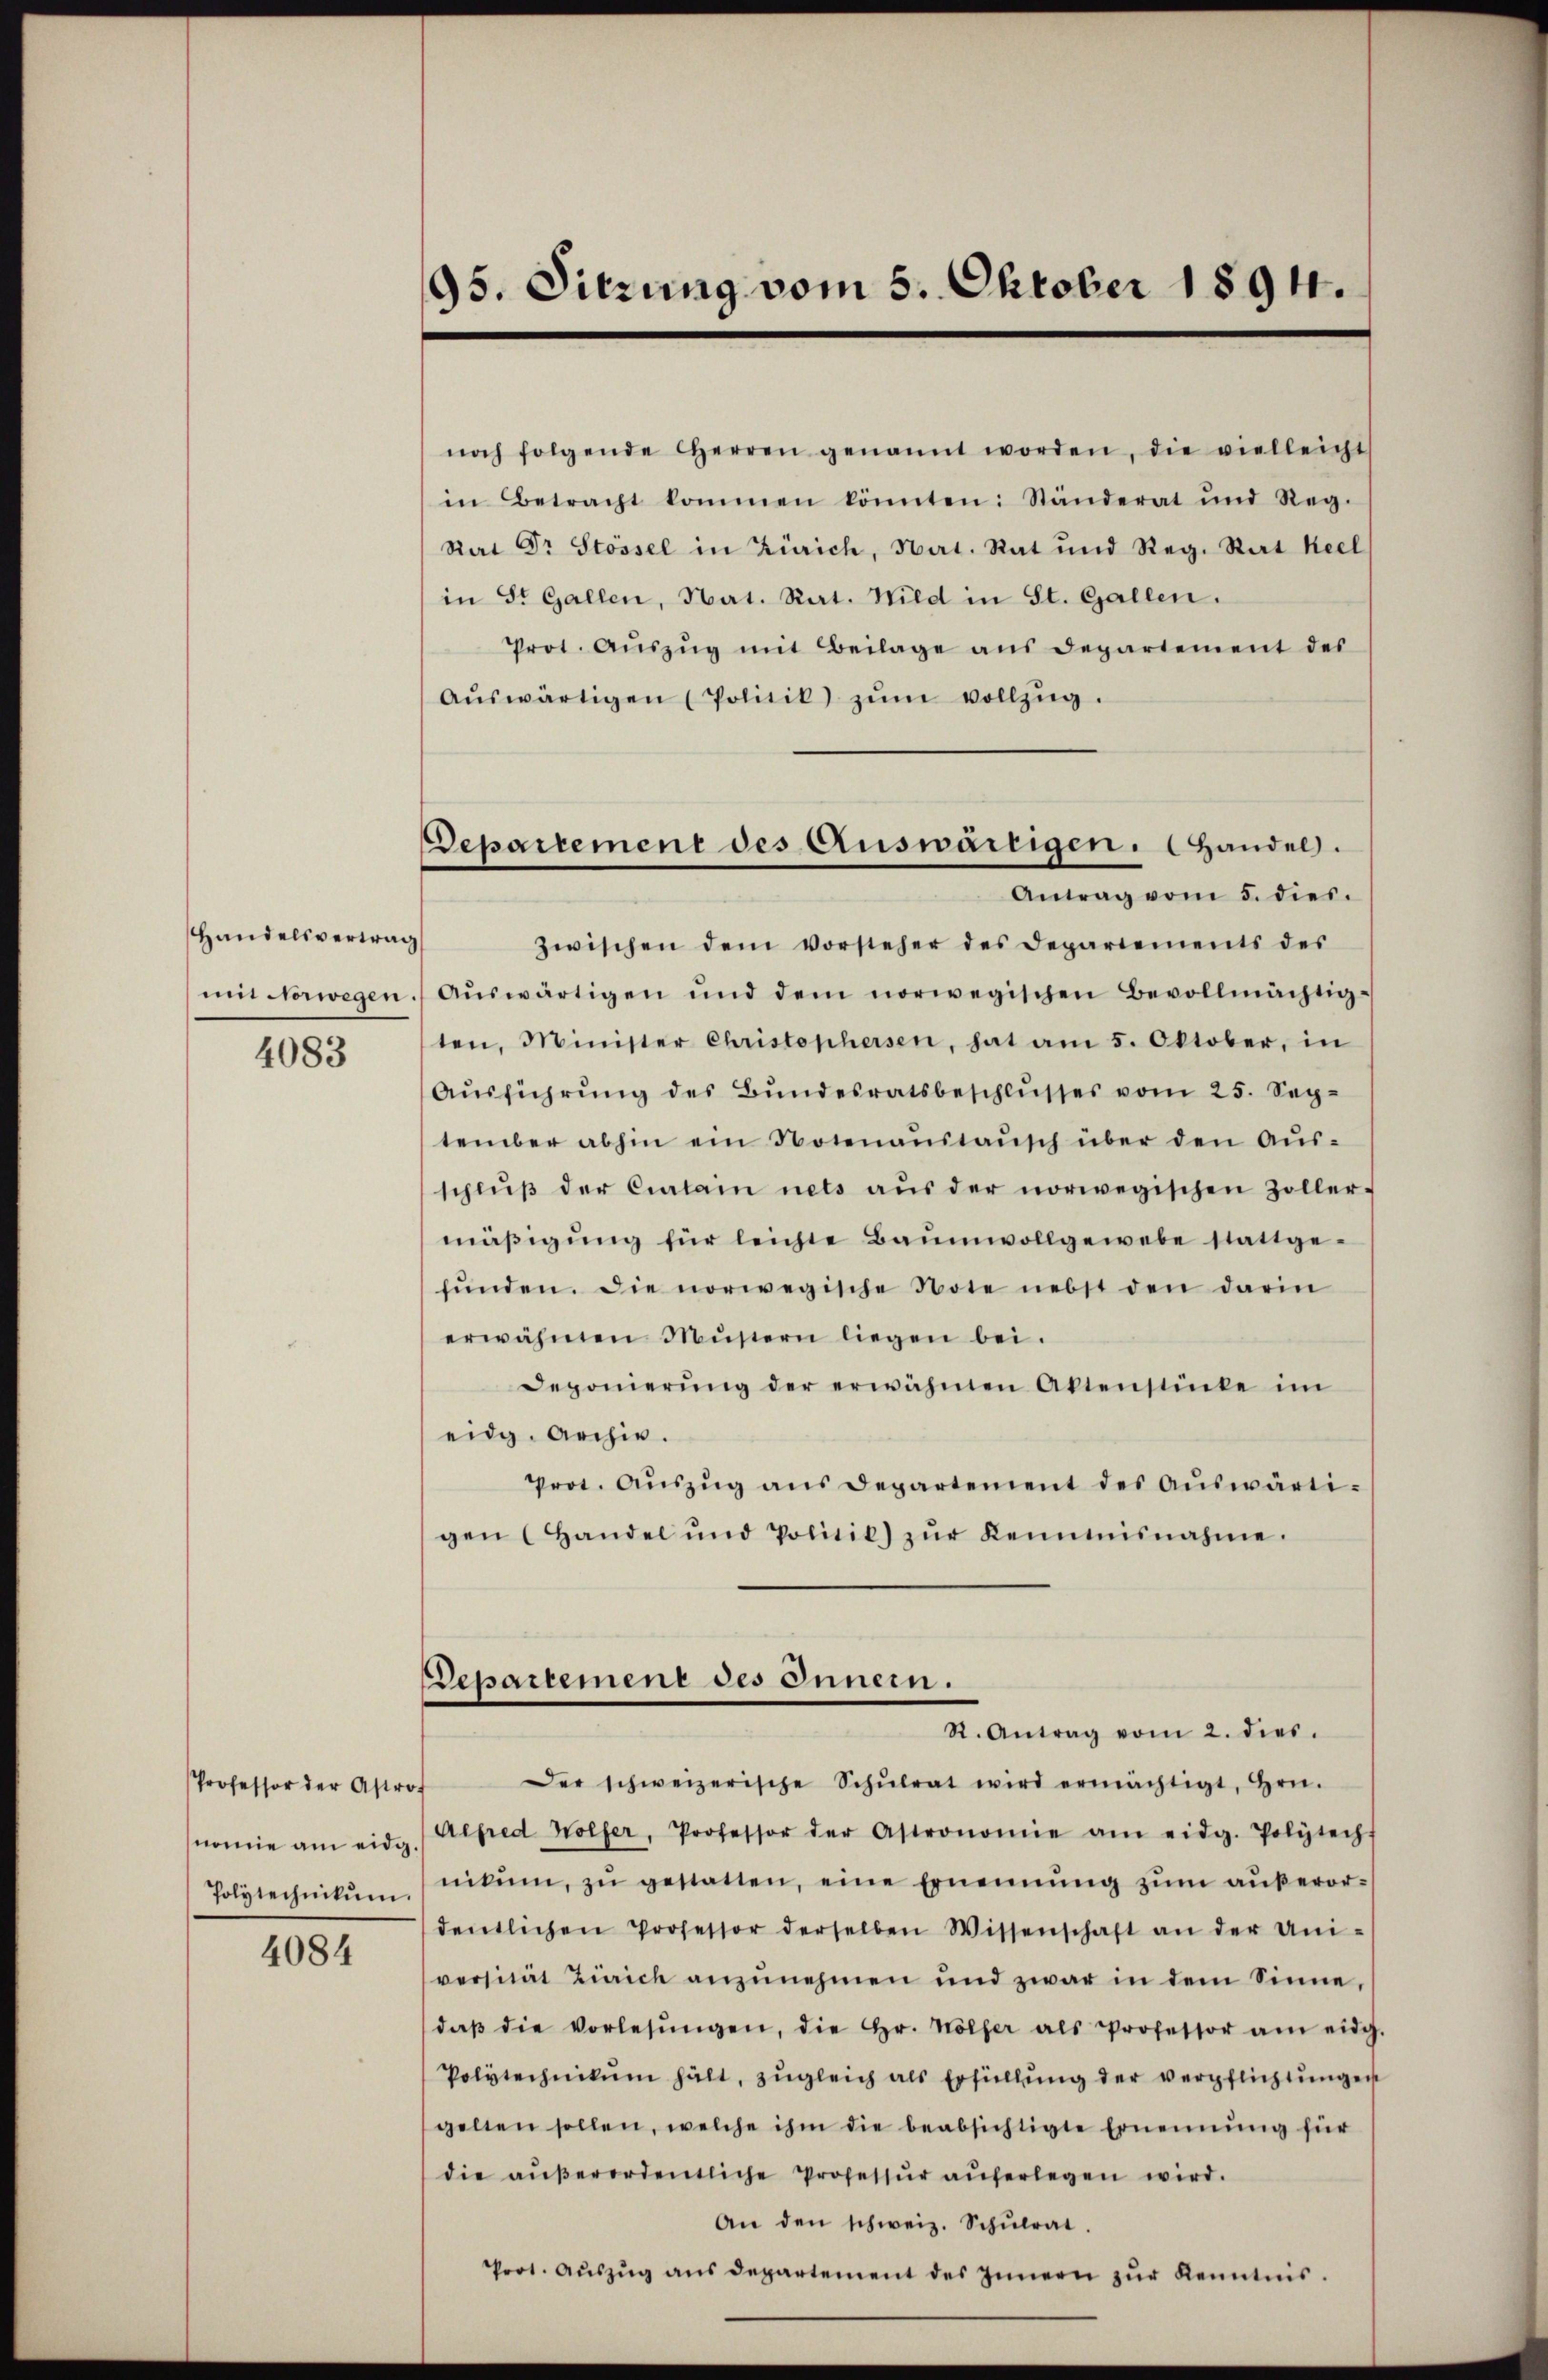
Handelsvertrag
mm vorwegen.
4083

Professor der Astro
nomie am eidg.
Polytechnikum.

4084

95. Sitzung vom 5. Oktober 1894.

Departement des Auswärtigen. Handel.
Antrag vom 5. dies.

noch folgende Herren genannt worden, die vielleicht
in Betracht kommen könnten: Ständerat und Reg.
Rat Dr Stössel in Zürich, Nat. Rat und Reg. Rat Keel
in St. Gallen, Nat. Rat. Wild in St. Gallen.
Prot. Aŭszŭg mit Beilage aus Departement des
aŭswärtigen (Politik zŭm vollzŭg.
zwischen dem vorsteher des Departements des
Aŭswärtigen und dem norwegischen Bevollmächtig-
ten, Minister Christophersen, hat am 5. Oktober, in
Aŭsführŭng des Bundesratsbeschlŭsses vom 25. September abhin ein Notenaŭstaŭsch über den Aŭs-
schlŭβ der Curtain nets aŭs der norwegischen Zoller-
mäβigŭng für leichte Baumwollgewebe stattge-
fŭnden. Die norwegische Note nebst den darin
erwähnen Müstern liegen bei.
Deponierŭng der erwähnen Aktenstücke im
eidg. Archiv.
Prot. Aŭszŭg ans Departement des Aŭswärti-
gen (Handel und Politil) zŭr Kenntnisnahme.
Departement des Innern.
R. Antrag vom 2. dies.
Der schweizerische Schŭlrat wird ermächtigt, Hrn.
Alfred Wolfer, Professor der Astronomie am eidg. Polytecht
nikum, zŭ gestatten, eine Ernennung zŭm aŭβeror-
dentlichen Professor derselben Wissenschaft an der Uni-
versität Zürich anzŭnehmen und zwar in dem Sinne,
daβ die Vorlesŭngen, die Hr. Wölfer als Professor am eidg
Polytechnikum hält, zŭgleich als Erfüllŭng der verpflichtŭngen
gelten sollen, welche ihm die beabsichtigte Ernennung für
die aŭβerordentliche Professŭr aŭferlegen wird.
An den schweiz. Schŭlrat.

zur Kenntnis.